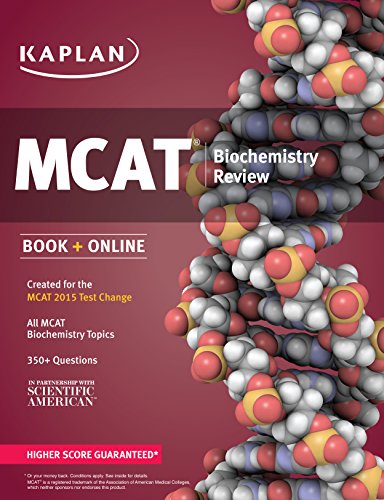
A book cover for Kaplan MCAT Biochemistry Review: Created for MCAT 2015 (Kaplan Test Prep); Kaplan; Test Preparation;